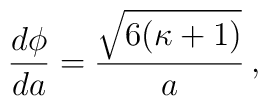
{d \phi \over da}= { \sqrt{6(\kappa +1)} \over a} \,,